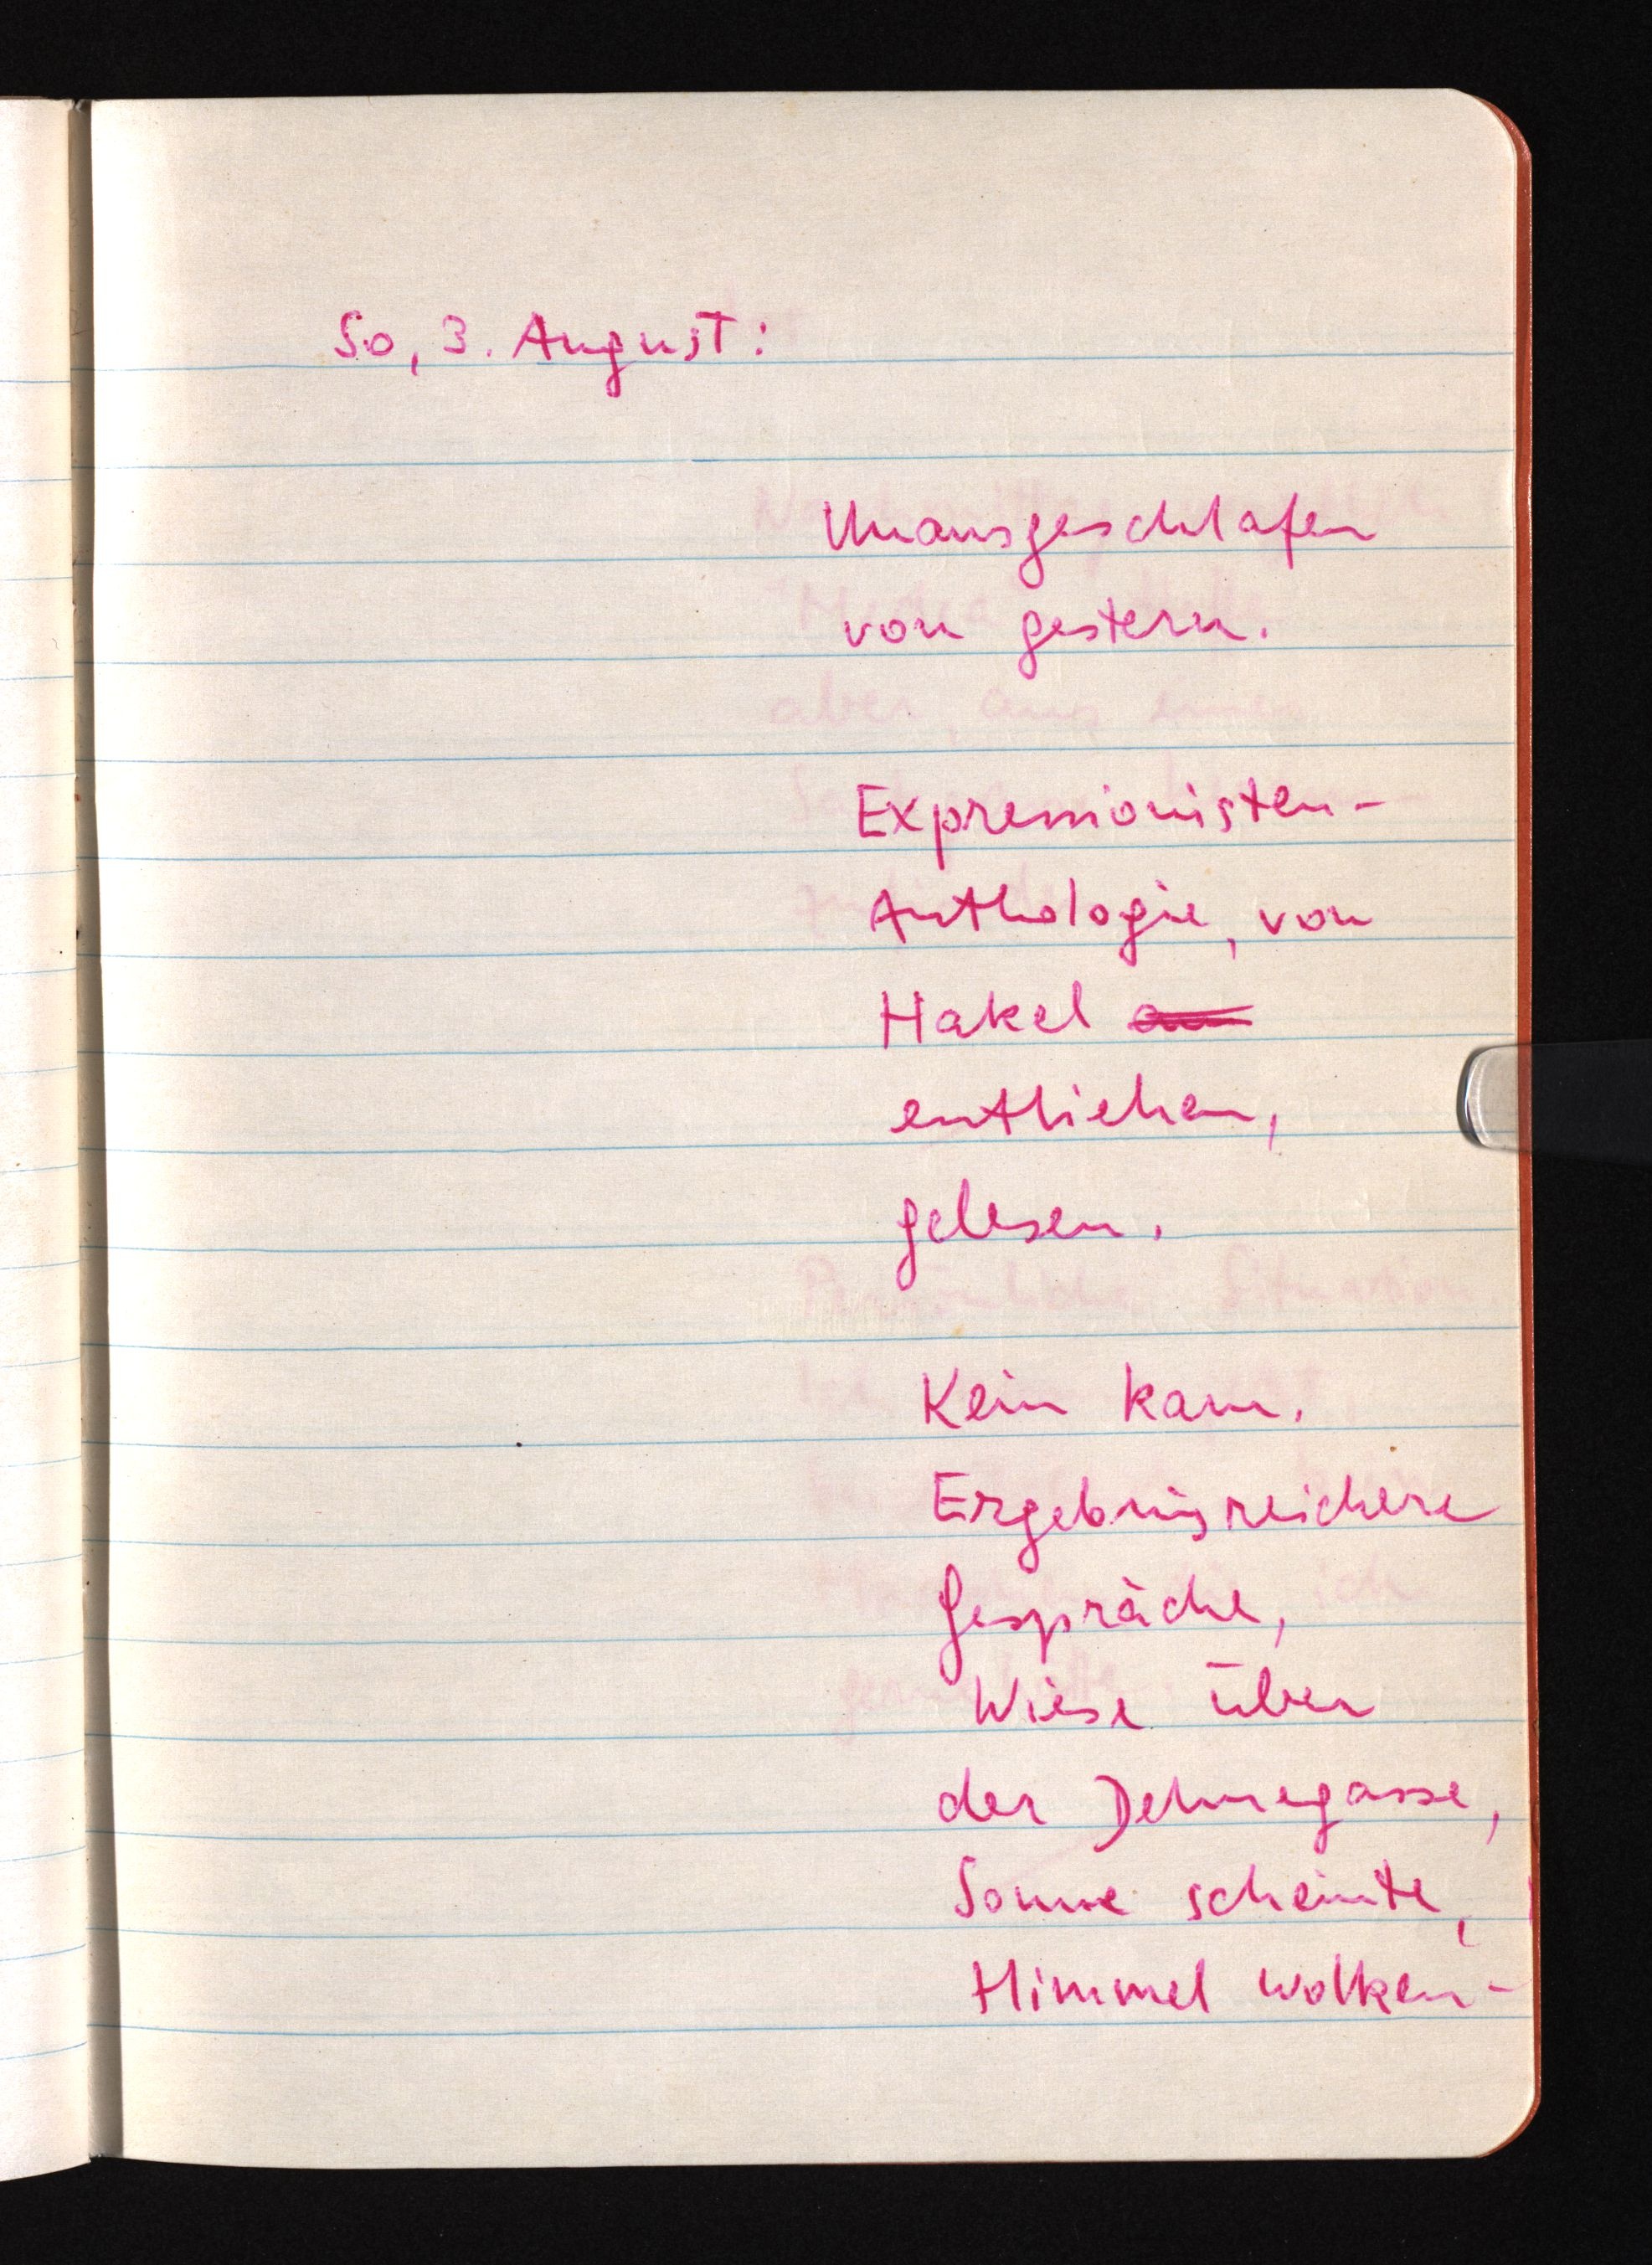
So, 3. August:
Unausgeschlafen
von gestern.
Expressionisten¬
Anthologie, von
Hakel au
entliehen,
gelesen.
Kein kam.
Ergebnisreichere
Gespräche,
Wiese über
der Dehnegasse,
Sonne scheinte,
Himmel wolken-